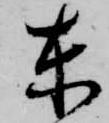
東